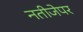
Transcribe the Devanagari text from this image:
नतीजेपर